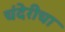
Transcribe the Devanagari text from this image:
चंदेरीचा